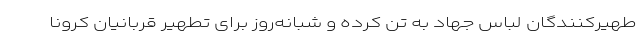
طهیرکنندگان لباس جهاد به تن کرده و شبانه‌روز برای تطهیر قربانیان کرونا